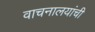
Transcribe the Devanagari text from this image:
वाचनालयांची